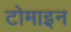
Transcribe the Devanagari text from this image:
टोमाइन